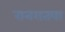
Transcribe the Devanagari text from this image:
रानरातवा